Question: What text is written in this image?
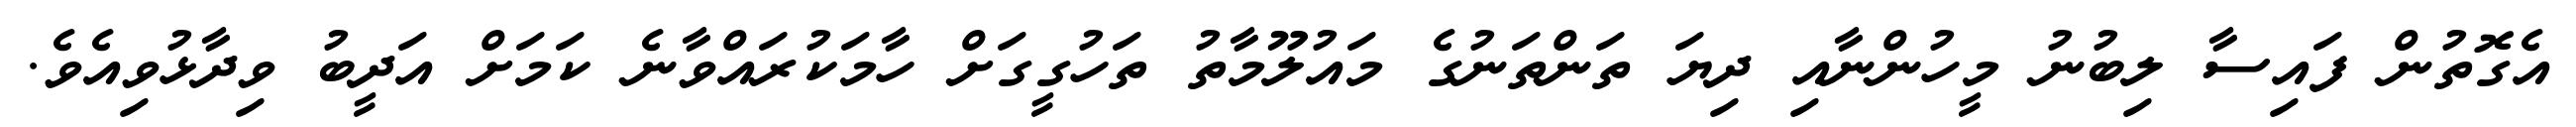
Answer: އެގޮތުން ފައިސާ ލިބުނު މީހުންނާއި ދިޔަ ތަންތަނުގެ މައުލޫމާތު ތަހުގީގަށް ހާމަކުރައްވާނެ ކަމަށް އަދީބު ވިދާޅުވިއެވެ.